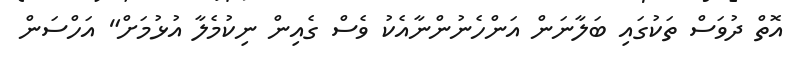
އޮތް ދުވަސް ތަކުގައި ބަލާނަން އަންހެނުންނާއެކު ވެސް ގެއިން ނިކުމެލާ އުޅުމަށް" އަހްސަން